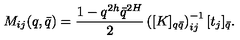
M _ { i j } ( q , \bar { q } ) = \frac { 1 - q ^ { 2 h } \bar { q } ^ { 2 H } } { 2 } \left( [ K ] _ { q \bar { q } } \right) _ { i j } ^ { - 1 } [ t _ { j } ] _ { \bar { q } } .